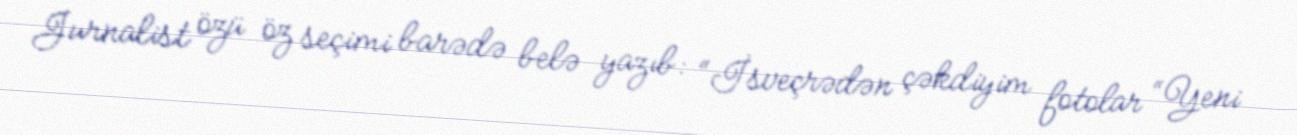
Jurnalist özü öz seçimi barədə belə yazıb: “İsveçrədən çəkdiyim fotolar “Yeni